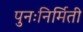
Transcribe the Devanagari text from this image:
पुनःनिर्मिती